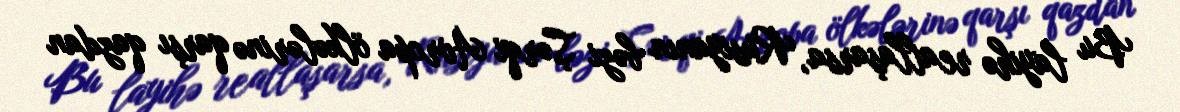
Bu layihə reallaşarsa, Rusiyanın bəzi Şərqi Avropa ölkələrinə qarşı qazdan